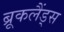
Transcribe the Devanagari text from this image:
ब्रूकलैंड्स